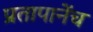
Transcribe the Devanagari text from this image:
प्रतापानेंच